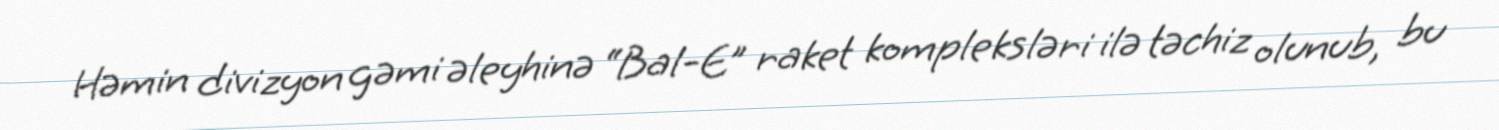
Həmin divizyon gəmi əleyhinə “Bal-E” raket kompleksləri ilə təchiz olunub, bu